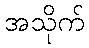
အသိုက်